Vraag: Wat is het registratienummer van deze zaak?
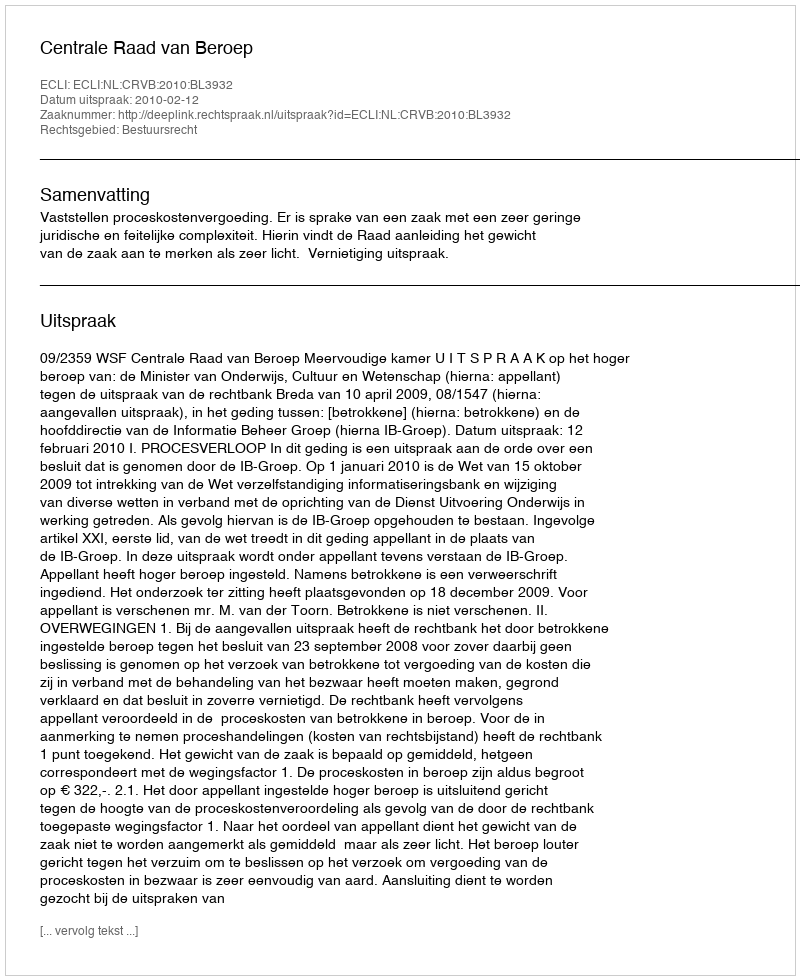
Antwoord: http://deeplink.rechtspraak.nl/uitspraak?id=ECLI:NL:CRVB:2010:BL3932